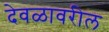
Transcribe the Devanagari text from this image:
देवळावरील